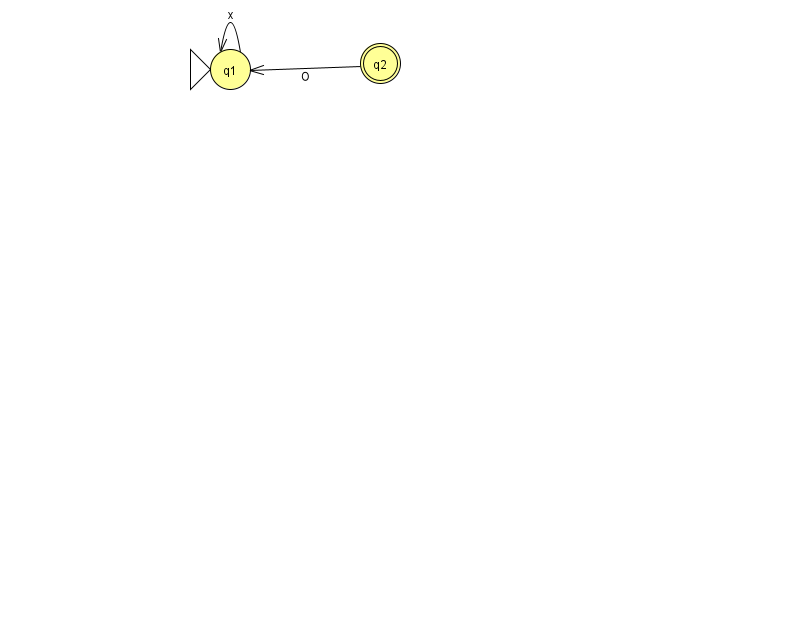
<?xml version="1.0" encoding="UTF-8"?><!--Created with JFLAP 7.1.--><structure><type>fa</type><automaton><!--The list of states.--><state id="1" name="q1"><x>230.0</x><y>56.0</y><initial/></state><state id="2" name="q2"><x>380.0</x><y>50.0</y><final/></state><!--The list of transitions.--><transition><from>2</from><to>1</to><read>O</read></transition><transition><from>1</from><to>1</to><read>x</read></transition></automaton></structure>